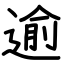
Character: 逾